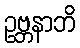
ဥဗ္ဘနာဘိ